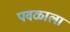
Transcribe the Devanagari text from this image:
पवळाला